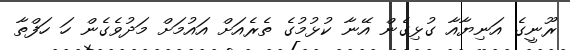
ރޫނީގެ އަނިޔާއާ ގުޅިގެން އޭނާ ކުޅުމުގެ ތެރެއަށް އައުމަށް މަދުވެގެން ހަ ހަފްތާ